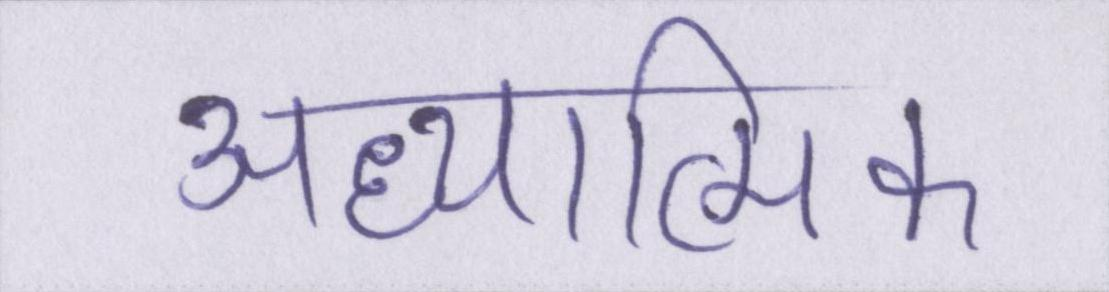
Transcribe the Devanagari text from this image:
अध्यात्मिक